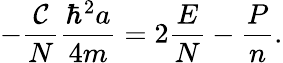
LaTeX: -\frac{\mathcal{C}}{N}\frac{\hbar^{2}a}{4m}=2\frac{E}{N}-\frac{P}{n}.